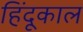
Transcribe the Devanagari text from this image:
हिंदूकाल